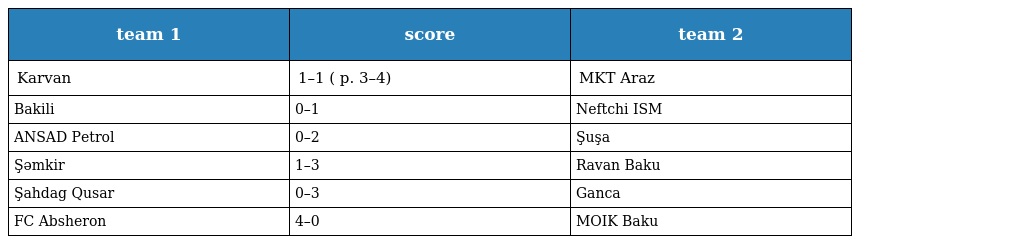
| team 1 | score | team 2 |
 | --- | --- | --- |
 | Karvan | 1–1 ( p. 3–4) | MKT Araz |
 | Bakili | 0–1 | Neftchi ISM |
 | ANSAD Petrol | 0–2 | Şuşa |
 | Şəmkir | 1–3 | Ravan Baku |
 | Şahdag Qusar | 0–3 | Ganca |
 | FC Absheron | 4–0 | MOIK Baku |